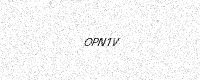
Text: OPN1V